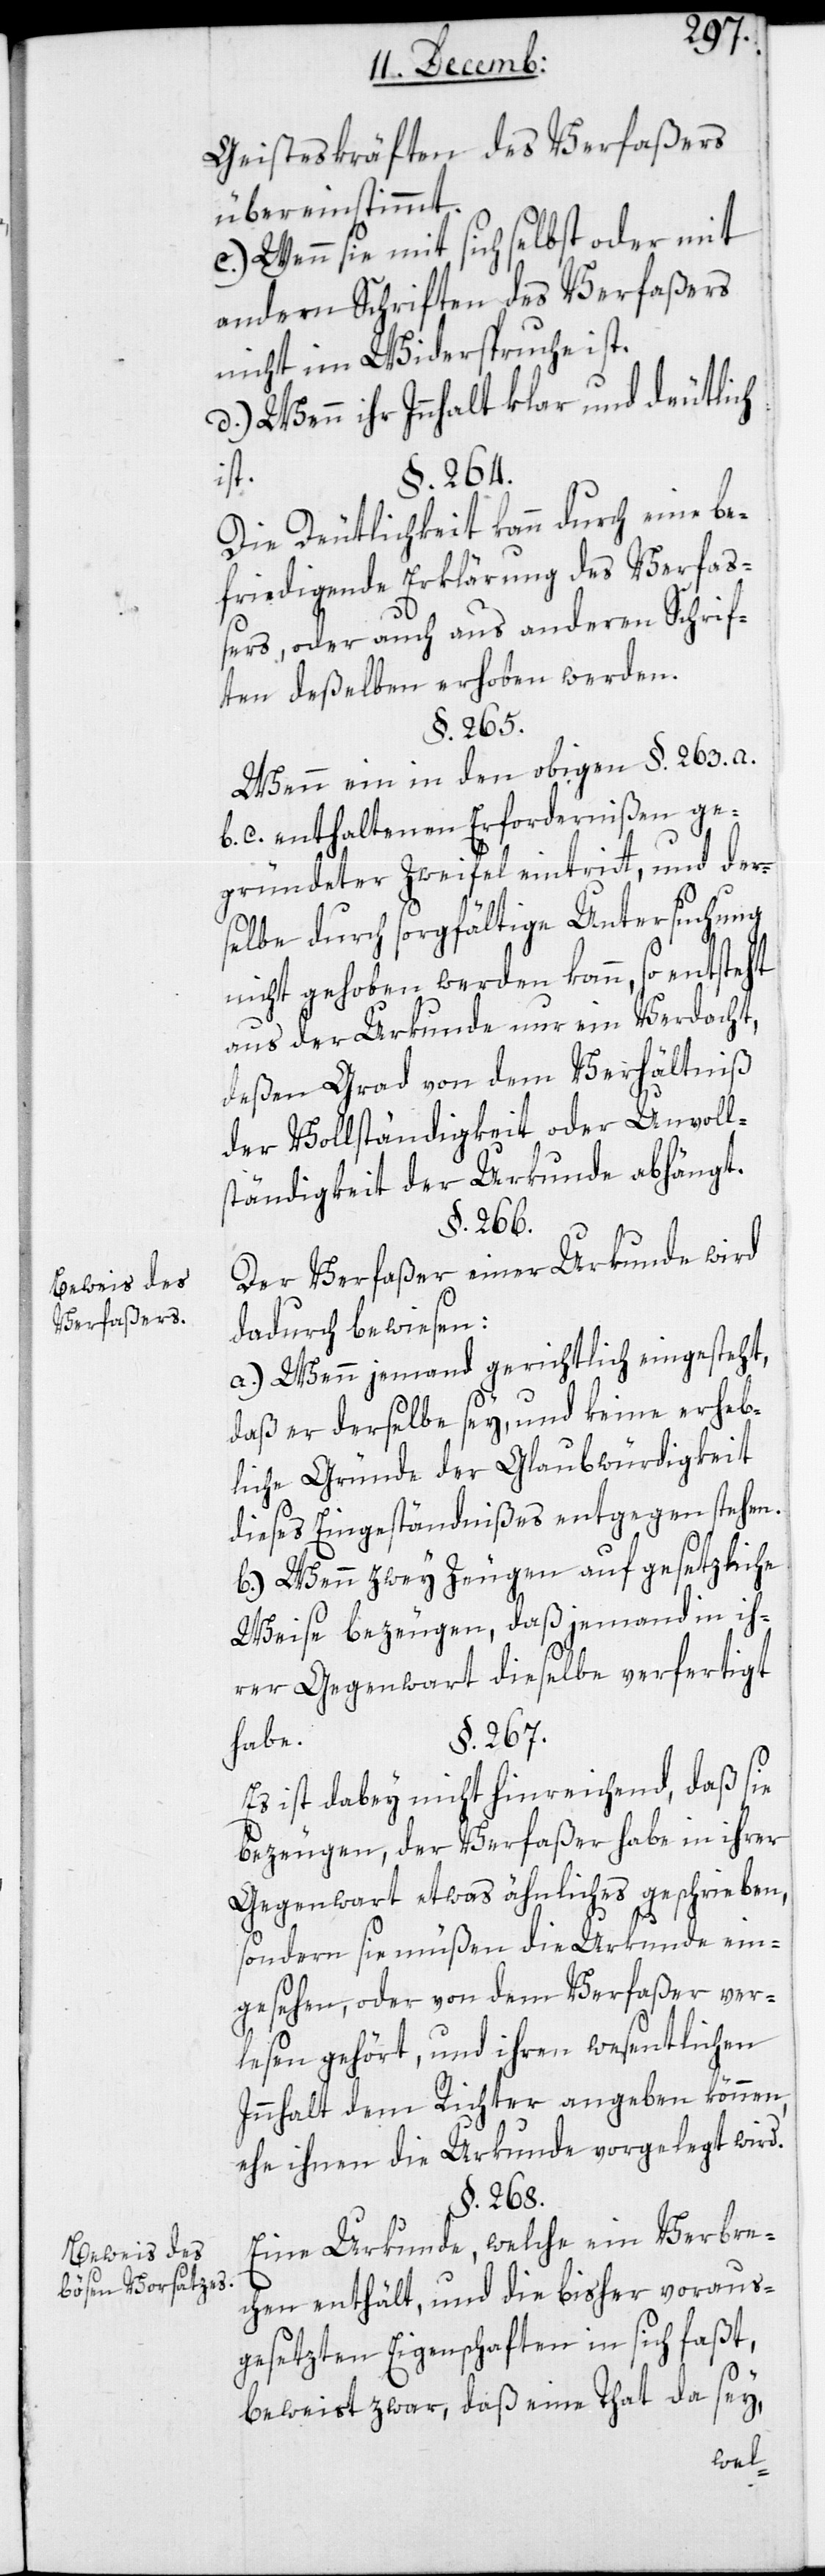
Beweis des
Verfaßers.
Beweis des
bösen Vorsatzes.

Geisteskräften des Verfaßers
übereinstimmt.
c.) Wenn sie mit sich selbst oder mit
andern Schriften des Verfaßers
nicht im Widerspruch ist.
d.) Wenn ihr Inhalt klar und deutlich
§. 264.
ist.
Die Deutlichkeit kann durch eine be¬
friedigende Erklärung des Verfaß¬
ers oder auch aus anderen Schrif¬
ten deßelben erhoben werden.
§. 265.
Wenn ein in den obigen §. 263. a.
b. c. enthaltenen Erfordernißen ge¬
gründeter Zweifel eintritt, und der¬
selbe durch sorgfältige Untersuchung
nicht gehoben werden kann, so entsteht
aus der Urkunde nur ein Verdacht,
deßen Grad von dem Verhältnis
der Vollständigkeit oder Unvoll¬
ständigkeit der Urkunde abhängt.
§. 266.
Der Verfaßer einer Urkunde wird
dadurch bewiesen:
a.) Wenn jemand gerichtlich eingesteht,
daß er derselbe sey, und keine erheb¬
liche Gründe der Glaubwürdigkeit
dieses Eingeständnißes entgegen stehen.
b.) Wenn zwey Zeugen auf gesetzliche
Weise bezeugen, daß jemand in ih¬
rer Gegenwart dieselbe verfertigt
habe.
§. 267.
Es ist dabey nicht hinreichend, daß sie
bezeugen, der Verfaßer habe in ihrer
Gegenwart etwas Ähnliches geschrieben,
sondern sie müßen die Urkunde ein¬
gesehen, oder von dem Verfaßer ver¬
lesen gehört, und ihren wesentlichen
Innhalt dem Richter angeben können,
ehe ihnen die Urkunde vorgelegt wird.
§. 268.
Eine Urkunde, welche ein Verbre¬
chen enthält, und die bisher voraus¬
gesezten Eigenschaften in sich faßt,
beweist zwar, daß eine Tat da sey,